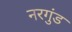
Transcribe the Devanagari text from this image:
नरगुंड